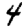
Digit: 4